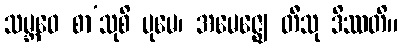
သမ္ဘဝေ စာ’သုစိ ပုမေ၊ အမေဇ္ဈေ တီသု ဒိဿတိ။